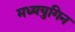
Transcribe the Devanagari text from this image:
मध्ययुगिन